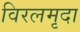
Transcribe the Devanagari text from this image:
विरलमृदा